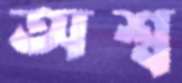
অশ্ব